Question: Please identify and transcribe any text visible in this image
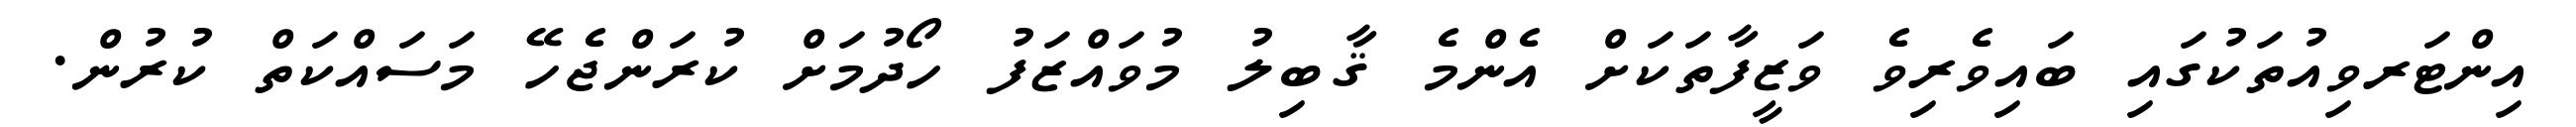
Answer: އިންޓަރވިއުތަކުގައި ބައިވެރިވެ ވަޒީފާތަކަށް އެންމެ ޤާބިލު މުވައްޒަފު ހޯދުމަށް ކުރަންޖެހޭ މަސައްކަތް ކުރުން.